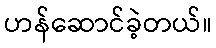
ဟန်ဆောင်ခဲ့တယ်။